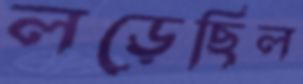
লড়েছিল